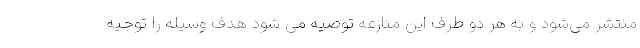
منتشر می‌شود و به هر دو طرف این منازعه توصیه می شود هدف وسیله را توجیه